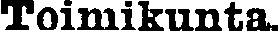
Toimikunta.